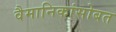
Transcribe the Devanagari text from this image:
वैमानिकांसोबत